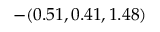
- ( 0 . 5 1 , 0 . 4 1 , 1 . 4 8 )